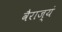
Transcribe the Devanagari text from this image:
वैराज्यं